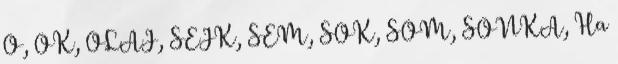
O, OK, OLAJ, SEJK, SEM, SOK, SOM, SONKA, Ha